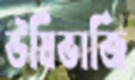
উষিভাজি